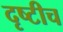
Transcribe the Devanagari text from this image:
दृष्टीच